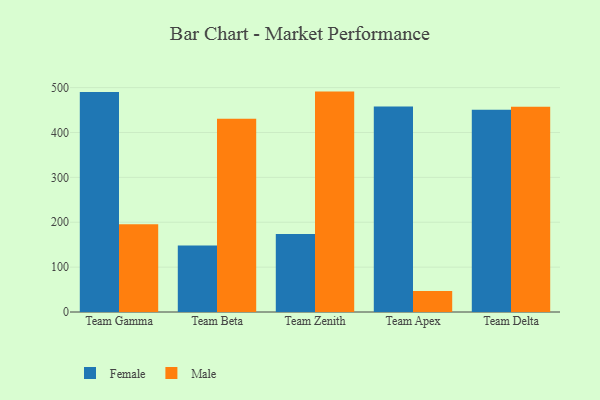
{"axis": {"x": "Team", "y": "Page Views"}, "legend": ["Female", "Male"], "data": [{"x": "Team Gamma", "y": 490.3, "type": "Female"}, {"x": "Team Gamma", "y": 195.7, "type": "Male"}, {"x": "Team Beta", "y": 148.4, "type": "Female"}, {"x": "Team Beta", "y": 430.6, "type": "Male"}, {"x": "Team Zenith", "y": 173.8, "type": "Female"}, {"x": "Team Zenith", "y": 491.1, "type": "Male"}, {"x": "Team Apex", "y": 457.8, "type": "Female"}, {"x": "Team Apex", "y": 46.6, "type": "Male"}, {"x": "Team Delta", "y": 450.4, "type": "Female"}, {"x": "Team Delta", "y": 457.3, "type": "Male"}]}